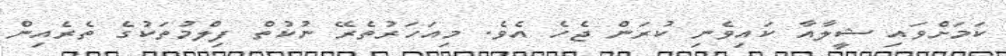
ކަމަށްވައި ޝީލާއާ ކައިވެނި ކުރަން ޖެހެ އެވެ. މިއަހަރުތެރޭ ނުކުތް ފިލްމުތަކުގެ ތެރެއިން